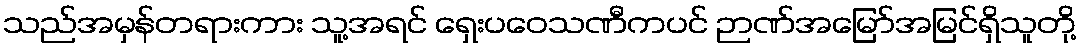
သည်အမှန်တရားကား သူ့အရင် ရှေးပဝေသဏီကပင် ဉာဏ်အမြော်အမြင်ရှိသူတို့